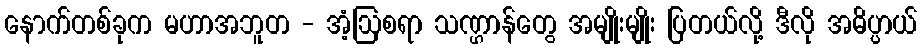
နောက်တစ်ခုက မဟာအဘူတ - အံ့ဩစရာ သဏ္ဌာန်တွေ အမျိုးမျိုး ပြတယ်လို့ ဒီလို အဓိပ္ပာယ်